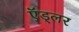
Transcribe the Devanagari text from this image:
ऍड्लर